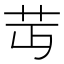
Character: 𦬛